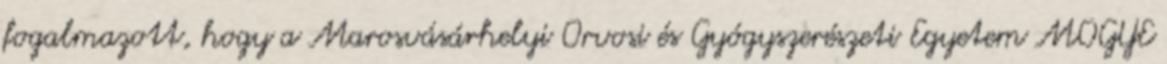
fogalmazott, hogy a Marosvásárhelyi Orvosi és Gyógyszerészeti Egyetem MOGYE